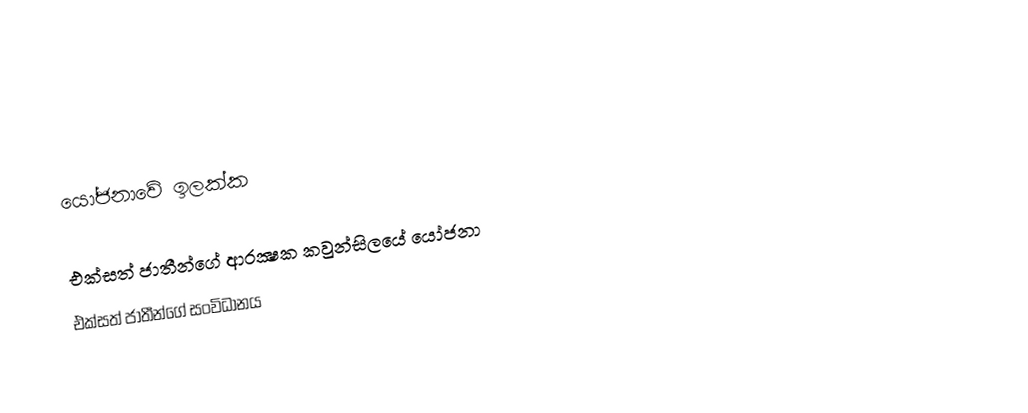

යෝජනාවේ ඉලක්ක

එක්සත් ජාතීන්ගේ ආරක්‍ෂක කවුන්සිලයේ යෝජනා
එක්සත් ජාතීන්ගේ සංවිධානය